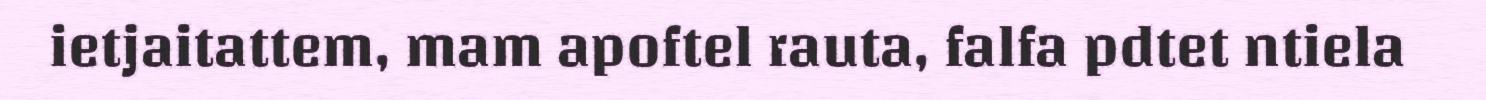
ietjaitattem, mam apoftel rauta, falfa pdtet ntiela